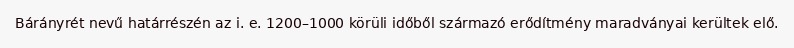
Bárányrét nevű határrészén az i. e. 1200–1000 körüli időből származó erődítmény maradványai kerültek elő.